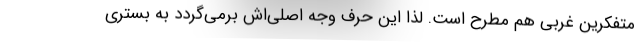
متفکرین غربی هم مطرح است. لذا این حرف وجه اصلی‌اش برمی‌گردد به بستری